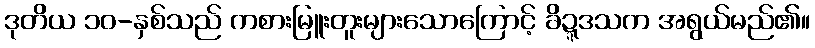
ဒုတိယ ၁၀-နှစ်သည် ကစားမြူးတူးများသောကြောင့် ခိဍ္ဍဒသက အရွယ်မည်၏။